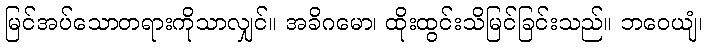
မြင်အပ်သောတရားကိုသာလျှင်။ အခိဂမော၊ ထိုးထွင်းသိမြင်ခြင်းသည်။ ဘဝေယျံ၊